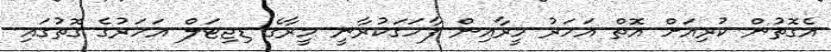
އެގޮތުން ކުރިއަށް އޮތް އަހަރު މީރާއިން ފާހަގަކުރާނީ މީރާގެ ޑިޖިޓަލް އަހަރުގެ ގޮތުގައި